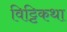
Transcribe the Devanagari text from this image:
विट्टिकथा